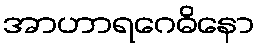
အာဟာရဂေဓိနော